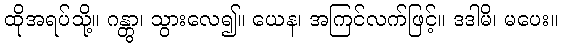
ထိုအရပ်သို့။ ဂန္တွာ၊ သွားလေ၍။ ယေန၊ အကြင်လက်ဖြင့်။ ဒဒါမိ၊ မပေး။